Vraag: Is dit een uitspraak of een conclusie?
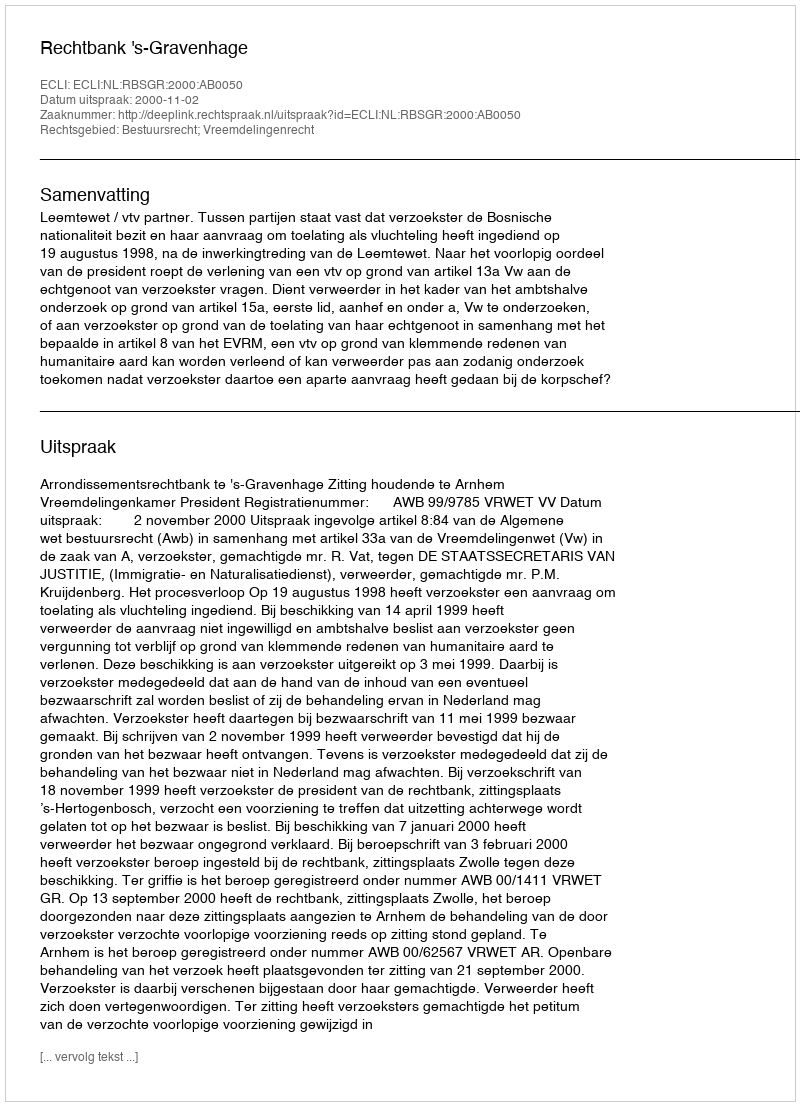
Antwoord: Uitspraak